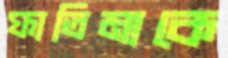
ফাতিমাকে